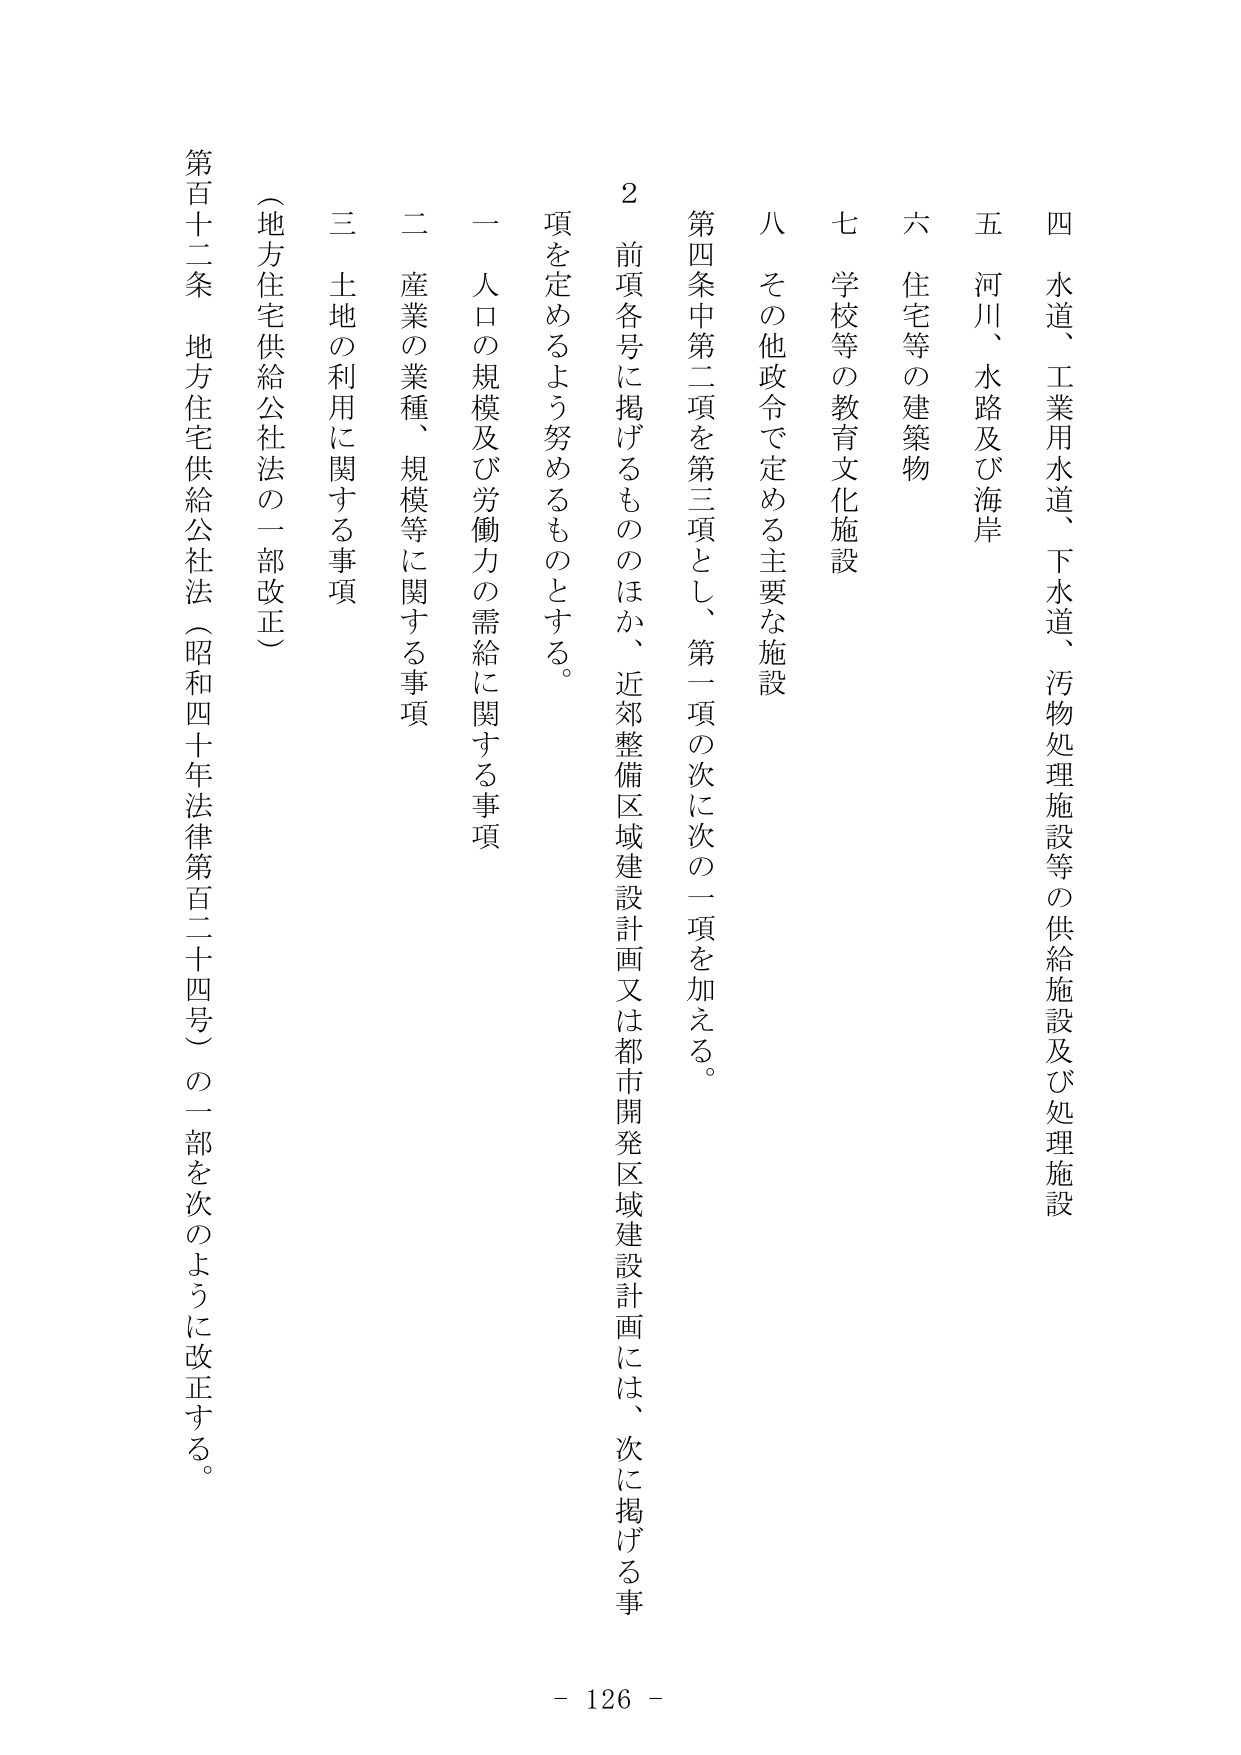
第百十二条 地方住宅供給公社法（昭和四十年法律第百二十四号）の一部を次のように改正する。

（地方住宅供給公社法の一部改正）

四 水道、工業用水道、下水道、汚物処理施設等の供給施設及び処理施設
五 河川、水路及び海岸
六 住宅等の建築物
七 学校等の教育文化施設
八 その他政令で定める主要な施設

２ 前項各号に掲げるもののほか、近郊整備区域建設計画又は都市開発区域建設計画には、次に掲げる事項を定めるよう努めるものとする。
一 人口の規模及び労働力の需給に関する事項
二 産業の業種、規模等に関する事項
三 土地の利用に関する事項

- 126 -